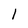
Character: 1